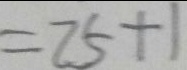
= 2 5 + 1